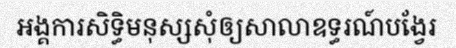
អង្គការសិទ្ធិមនុស្សសុំឲ្យសាលាឧទ្ធរណ៍បង្វែរ